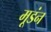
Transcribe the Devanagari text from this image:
मूडंन